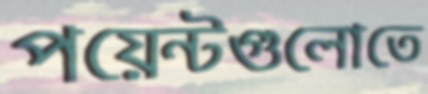
পয়েন্টগুলোতে